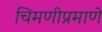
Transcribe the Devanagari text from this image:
चिमणीप्रमाणे